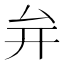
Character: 𭆚